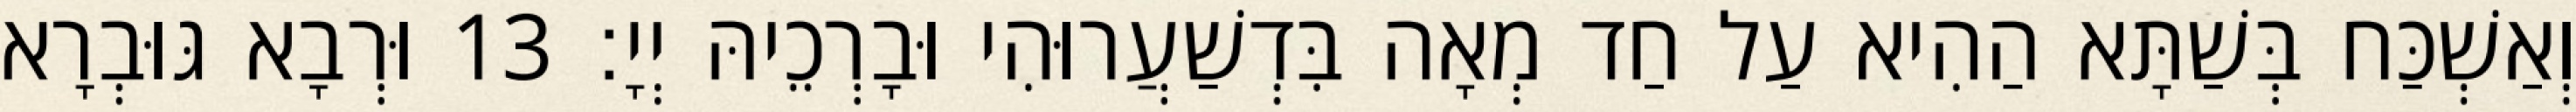
וְאַשְׁכַּח בְּשַׁתָּא הַהִיא עַל חַד מְאָה בִּדְשַׁעֲרוּהִי וּבָרְכֵיהּ יְיָ׃ 13 וּרְבָא גּוּבְרָא